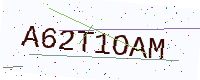
Text: A62T1OAM